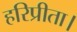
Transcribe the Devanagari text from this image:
हरिप्रीता।